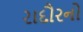
રાદૌરનો